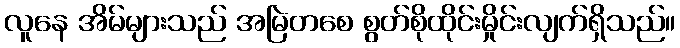
လူနေ အိမ်များသည် အမြဲတစေ စွတ်စိုထိုင်းမှိုင်းလျက်ရှိသည်။